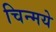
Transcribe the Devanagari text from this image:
चिन्मये